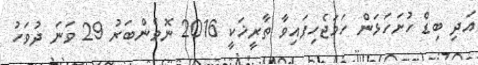
އަދި ބިޑް ހުށަހަޅަން ހަމަޖެހިފައިވާ ތާރީޚަކީ 2016 ނޮވެންބަރު 29 ވަނަ ދުވަހު